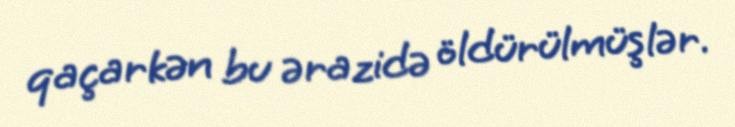
qaçarkən bu ərazidə öldürülmüşlər.